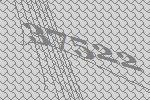
37522